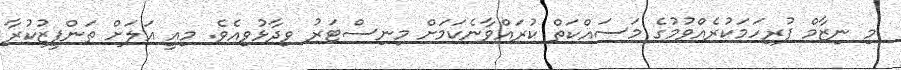
މި ނިޒާމް ފުރިހަމަކުރެއްވުމުގެ މަސައްކަތް ކުރައްވާނެކަމަށް މިނިސްޓަރު ވިދާޅުވިއެވެ. މިއީ އަލަށް ތަންފީޒުކުރާ